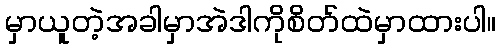
မှာယူတဲ့အခါမှာအဲဒါကိုစိတ်ထဲမှာထားပါ။